Annual administration and progress report of the Indian Medical Department, Bombay
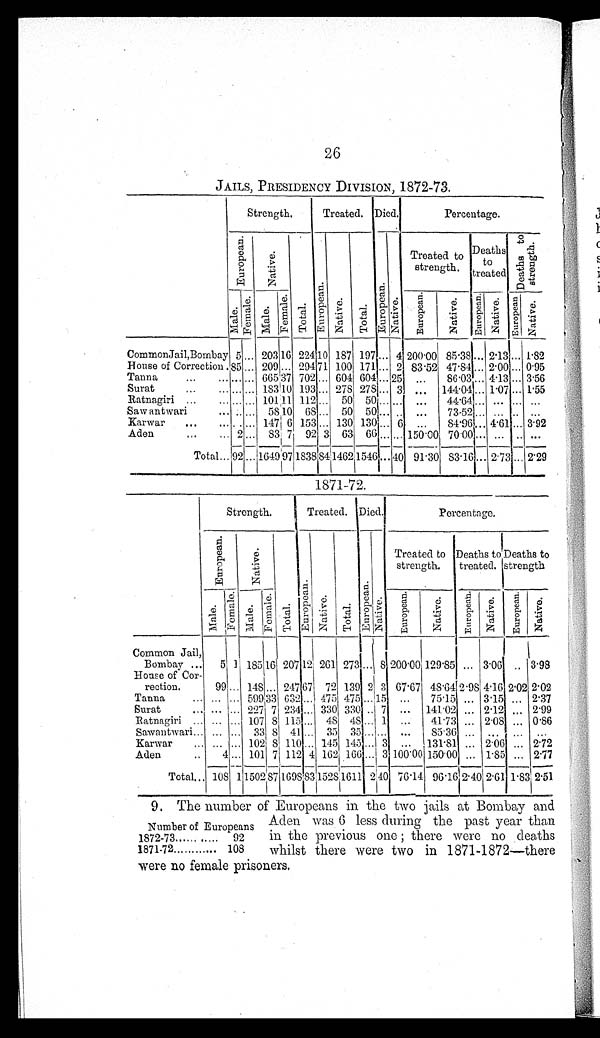
26
JAILS, PRESIDENCY DIVISION, 1872-73.
Strength.
Treated. Died.
Percentage.
E u r o p e a n .
N a t i v e .
Tot al .
E u r o p e a n .
Nat i ve.
Tot al .
E u r o p e a n . Nat i ve.
Treated to
strength.
Deaths
tot r e a t e d
D e a t h s t o s t r e n g t h .
M a l e .
F e m a l e . M a l e .
F e m a l e .
E u r o p e a n .
N a t i v e .
E u r o p e a n .
Nat i ve.
E u r o p e a n
Nat i ve.
CommonJail,Bombay 5 . . . 203 16 224 10 187 197 ... 4 200.00 85.38... 2.13 ... 1.82
House of Correction 85 ... 209 ... 294 71 100 171 ... 2 83.52 47.84 ... 2.00 ... 0.95
Tanna
...
. . . ... ... 665 37 702 ... 604 604 ... 25 ...
86.03 . . . 4.13 ... 3.56
Surat
... ... ... ... 183 10 193 ... 278 278 ... 3 ... 144.04 . . . 1.07 ... 1.55
Ratnagiri ...
... . . . . . . 101 11 112 ... 50 50
... ... ... 44.64 . . . ... ... ...
Sawantwari
. . . . . ... 58 10 68 ... 50 50 ... ..
... 73.52 . . . ... .. ...
Karwar
... ... . . . . . 147 6 153 ... 130 130 ... 6 ...
84.96 ... 4.61 ... 3.92
Aden
...
... 2 ... 83 7 92 3 63 66 ... ... 150.00 70.00 ... ... .. ...
Total . . . 92 ... 1649 97 1838 8 4 1462 1 5 4 6
... 40 91.30 83.16 ... 2.73 ... 2.29
1871-72.
Strength.
Treated. Died.
Percentage.
Eu r o p e a n .
Nat i ve.
T o t a l . E u r o p e a n . Nat i ve. Tot a l .
E u r o p e a n . N a t i v e .
Treated to
strength.
Deaths to
treated.
Deat hs t o
s t r e n g t h
Mal e.
F e ma l e .
Mal e.
Fe ma l e .
Eu r o p e a n . Nat i ve.
E u r o p e a n .
Nat i ve. Eu r o p e a n . Nat i ve.
Common Jail,
Bombay ... 5 1 185 1 6 207 12 261 273 . . . 8 200.00 129.85 ... 3.06 .. 3.98
House of Cor-
rect i on.
99 ... 148
. . . 247 67 72 139 2 3 67.67 48.642.984.16 2.02 2.02
Tanna
... ... ... 599 3 3 632 ... 475 475 . . .
15 ...
75.15 ... 3.15 ... 2.37
Surat
... ...
. . . 227 7 234 ... 330 330 . . . 7 ... 141.02 ... 2.12 ... 2.99
Ratnagiri ... ... ... 107 8 115 ... 48 48 ... 1 ...
41.73 ... 2.08 . . . 0.86
Sawantwari . . . ... . . . 33 8 41 ... 35 35 ... ... ...
85.36 ...
. . .
. . . ...
Karwar
... ... ... 102 8 110 ... 145 145 ... 3 ... 131.81 ... 2.06 ... 2.72
Aden
. . 4 ... 101 7 112 4 162 1 6 6 ... 3 100.00 150.00 ... 1.85 ... 2.77
Total . . . 108 1 1502 87 1698 83 15281611 2 40 76.14 96.16 2.40 2.61 1.83 2.51
9. The number of Europeans in the two jails at Bombay and
Aden was 6 less during the past year than
in the previous one; there were no deaths
whilst there were two in 1871-1872—there
were no female prisoners.
Number of Europeans
1872-73........... 92
1871-72............ 108